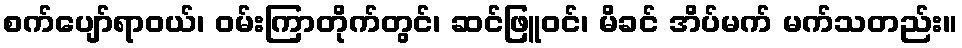
စက်ပျော်ရာဝယ်၊ ဝမ်းကြာတိုက်တွင်၊ ဆင်ဖြူဝင်၊ မိခင် အိပ်မက် မက်သတည်း။